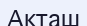
Акташ